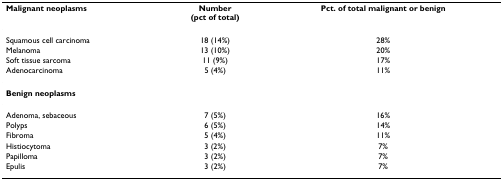
| Malignant neoplasms | Number(pct of total) | Pct. of total malignant or benign |
 | --- | --- | --- |
 | Squamous cell carcinoma | 18 (14%) | 28% |
 | Melanoma | 13 (10%) | 20% |
 | Soft tissue sarcoma | 11 (9%) | 17% |
 | Adenocarcinoma | 5 (4%) | 11% |
 | Benign neoplasms |  |  |
 | Adenoma, sebaceous | 7 (5%) | 16% |
 | Polyps | 6 (5%) | 14% |
 | Fibroma | 5 (4%) | 11% |
 | Histiocytoma | 3 (2%) | 7% |
 | Papilloma | 3 (2%) | 7% |
 | Epulis | 3 (2%) | 7% |